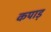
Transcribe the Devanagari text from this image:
कपाड़